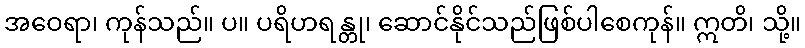
အဝေရာ၊ ကုန်သည်။ ပ။ ပရိဟရန္တု၊ ဆောင်နိုင်သည်ဖြစ်ပါစေကုန်။ ဣတိ၊ သို့။